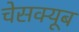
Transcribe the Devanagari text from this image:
चेसक्यूब